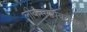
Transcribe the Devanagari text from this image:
लोकसंख्येबरोबर